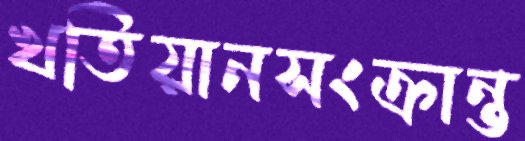
খতিয়ানসংক্রান্ত